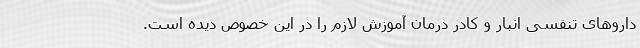
داروهای تنفسی انبار و کادر درمان آموزش لازم را در این خصوص دیده است.